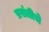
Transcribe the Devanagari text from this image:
प्रसंतीचे